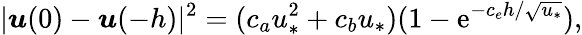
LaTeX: |\boldsymbol{u}(0)-\boldsymbol{u}(-h)|^{2}=(c_{a}u_{*}^{2}+c_{b}u_{*})(1-\mathrm{e}^{-c_{e}h/\sqrt{u_{*}}}),